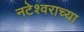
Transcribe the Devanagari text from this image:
नटेश्वराच्या